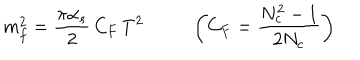
m _ { f } ^ { 2 } = \frac { \pi \alpha _ { s } } { 2 } \, C _ { F } \, T ^ { 2 } \left( C _ { F } = \frac { N _ { c } ^ { 2 } - 1 } { 2 N _ { c } } \right)